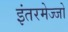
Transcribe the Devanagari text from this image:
इंतरमेज्जो